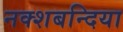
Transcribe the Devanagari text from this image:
नक्शबन्दिया